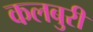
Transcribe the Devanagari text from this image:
कलबुरी